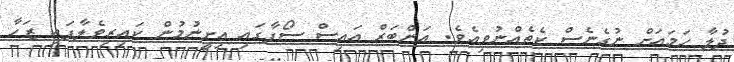
ދުލާ ހަމައަށް ނުގެނެސް ކެތެއްނުވިއެވެ. އަންބަރް އައިސް ސޯފާގައި އިށީނުމުން ކައިރިވެލާފައި ޒަހާ